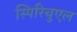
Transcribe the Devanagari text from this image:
स्पिरिचुएल